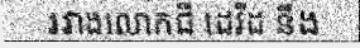
រវាងលោកជី ដេវីដ នឹង